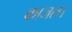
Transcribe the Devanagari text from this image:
काजल।